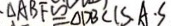
\Delta A B F \cong \Delta D B C ( S \cdot A \cdot S